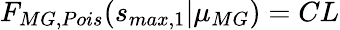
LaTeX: F_{MG,Pois}(s_{max,1}|\mu_{MG})=CL